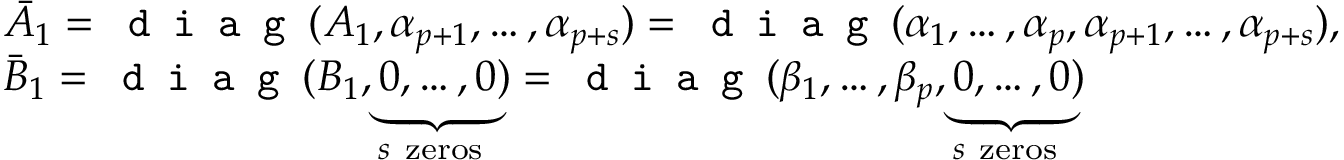
\begin{array} { r l } & { \bar { A } _ { 1 } = \texttt { d i a g } ( A _ { 1 } , \alpha _ { p + 1 } , \ldots , \alpha _ { p + s } ) = \texttt { d i a g } ( \alpha _ { 1 } , \ldots , \alpha _ { p } , \alpha _ { p + 1 } , \ldots , \alpha _ { p + s } ) , } \\ & { \bar { B } _ { 1 } = \texttt { d i a g } ( B _ { 1 } , \underbrace { 0 , \ldots , 0 } _ { s \mathrm { ~ z e r o s ~ } } ) = \texttt { d i a g } ( \beta _ { 1 } , \ldots , \beta _ { p } , \underbrace { 0 , \ldots , 0 } _ { s \mathrm { ~ z e r o s ~ } } ) } \end{array}